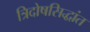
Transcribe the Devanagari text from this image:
त्रिदोषसिद्धांत